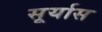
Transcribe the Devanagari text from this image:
सूर्यास